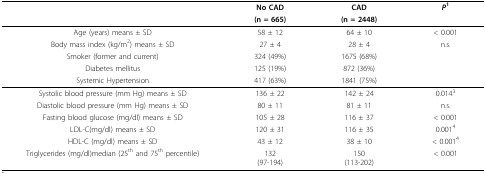
<table><thead><tr><td></td><td><b>No CAD</b></td><td><b>CAD</b></td><td><b><i>P</i><sup>1</sup></b></td></tr><tr><td></td><td><b>(n = 665)</b></td><td><b>(n = 2448)</b></td><td></td></tr></thead><tbody><tr><td>Age (years) means ± SD</td><td>58 ± 12</td><td>64 ± 10</td><td>&lt; 0.001</td></tr><tr><td>Body mass index (kg/m<sup>2</sup>) means ± SD</td><td>27 ± 4</td><td>28 ± 4</td><td>n.s.</td></tr><tr><td>Smoker (former and current)</td><td>324 (49%)</td><td>1675 (68%)</td><td></td></tr><tr><td>Diabetes mellitus</td><td>125 (19%)</td><td>872 (36%)</td><td></td></tr><tr><td>Systemic Hypertension</td><td>417 (63%)</td><td>1841 (75%)</td><td></td></tr><tr><td>Systolic blood pressure (mm Hg) means ± SD</td><td>136 ± 22</td><td>142 ± 24</td><td>0.014<sup>3</sup></td></tr><tr><td>Diastolic blood pressure (mm Hg) means ± SD</td><td>80 ± 11</td><td>81 ± 11</td><td>n.s.</td></tr><tr><td>Fasting blood glucose (mg/dl) means ± SD</td><td>105 ± 28</td><td>116 ± 37</td><td>&lt; 0.001</td></tr><tr><td>LDL-C(mg/dl) means ± SD</td><td>120 ± 31</td><td>116 ± 35</td><td>0.001<sup>4</sup></td></tr><tr><td>HDL-C (mg/dl) means ± SD</td><td>43 ± 12</td><td>38 ± 10</td><td>&lt; 0.001<sup>4</sup></td></tr><tr><td>Triglycerides (mg/dl)median (25<sup>th </sup>and 75<sup>th </sup>percentile)</td><td>132(97-194)</td><td>150(113-202)</td><td>&lt; 0.001</td></tr></tbody></table>